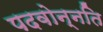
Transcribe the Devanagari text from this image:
पदवोन्नति